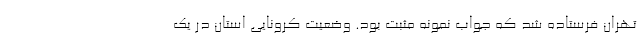
تهران فرستاده شد که جواب نمونه مثبت بود. وضعیت کرونایی استان در یک